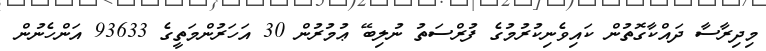
މިދިރާސާ ދައްކާގޮތުން ކައިވެނިކުރުމުގެ ފުރްސަތު ނުލިބޭ ޢުމުރުން 30 އަހަރުންމަތީގެ 93633 އަންހެނުން